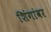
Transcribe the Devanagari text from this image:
शिंगांवर